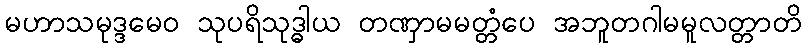
မဟာသမုဒ္ဒမေဝ သုပရိသုဒ္ဓါယ တဏှာမမတ္တံပေ အဘူတဂါမမူလတ္တာတိ